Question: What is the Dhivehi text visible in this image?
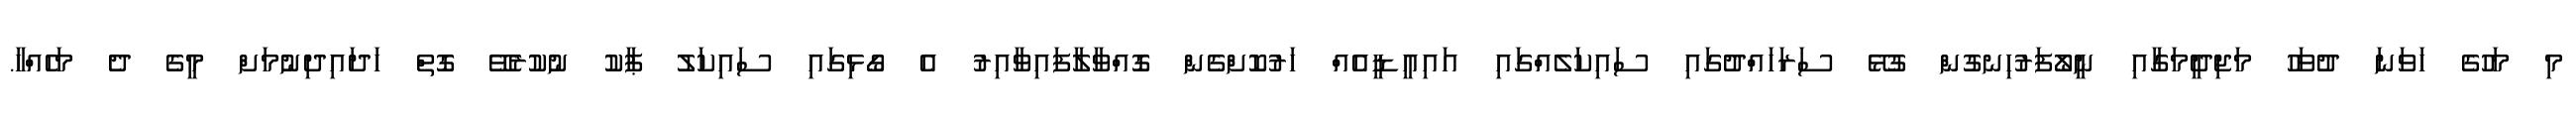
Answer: މި މަހުގެ ހަވަނަ ދުވަހު މަޖިދީމަގާއި ނީލޯފަރުހިނގުން ގުޅޭ ސަރަހައްދުގައި ސައިކަލެއްގައި އައިއީޑީއެއް ހަރުކޮށްގެން ގޮއްވާލާފައިވާއިރު އެ ގޯޅިގައި ސައިކަލު ޕާކު ނުކުރެވޭ ގޮތް ހަދައިދިނުމަށް މީގެ ދެ މަހެއްހާ.